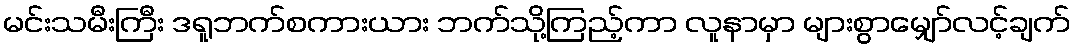
မင်းသမီးကြီး ဒရူဘက်စကားယား ဘက်သို့ကြည့်ကာ လူနာမှာ များစွာမျှော်လင့်ချက်